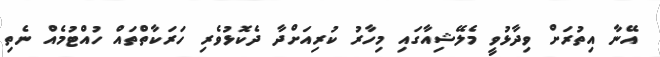
އޭނާ އިތުރަށް ވިދާޅުވީ މެލޭޝިއާގައި މިހާރު ކުރިއަށްދާ ދެކޮޅުވެރި ހަރަކާތްތައް ހުއްޓުމެއް ނެތި